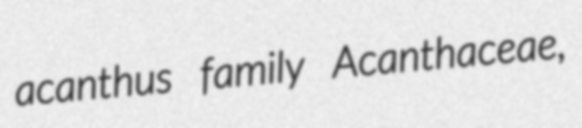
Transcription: acanthus family Acanthaceae,